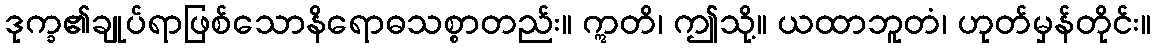
ဒုက္ခ၏ချုပ်ရာဖြစ်သောနိရောဓသစ္စာတည်း။ ဣတိ၊ ဤသို့။ ယထာဘူတံ၊ ဟုတ်မှန်တိုင်း။